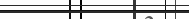
٦٠